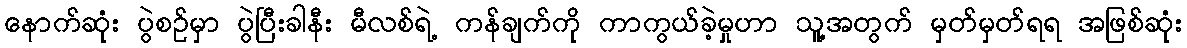
နောက်ဆုံး ပွဲစဉ်မှာ ပွဲပြီးခါနီး မီလစ်ရဲ့ ကန်ချက်ကို ကာကွယ်ခဲ့မှုဟာ သူ့အတွက် မှတ်မှတ်ရရ အဖြစ်ဆုံး